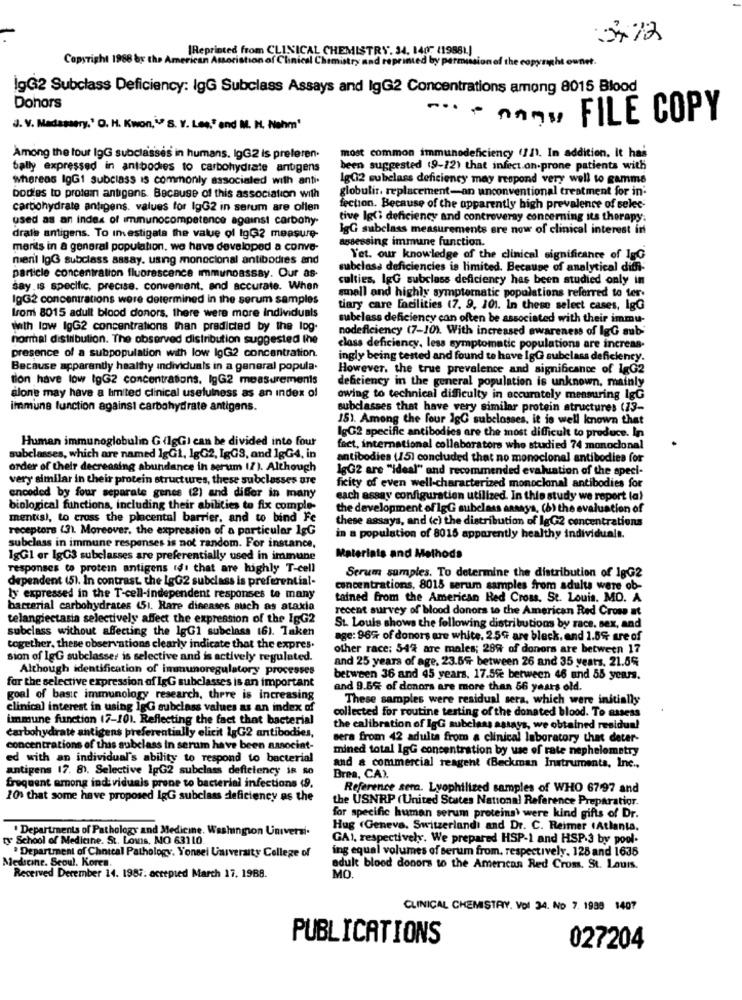
5,72
Reprinted from CLINICAL CHEMISTRY. 34, 1407 (19881)
Copyright 1988 by the American Association of Clinical Chemistry and reprinted by permission of the co
lgG2 Subclass Deficiency: lgG Subclass Assays and IgG2 Concentrations among 8015 Blood
Dohors
· Anny FILE COPY
J. V. Madassery.' O. H. Kwon,"" S. Y. Lee," and M. H. Nahm'
Among the tour IgG subclasses in humans. lgG2 is preferen.
most common immunodeficiency (111. In addition. It hai
bally expressed in antbodies to carbohydrate antigens
been suggested (9-12) that infect on-prone patients with
whereas IgG1 subclass is commonly associated with anti
Ig(12 subclass deficiency may respond very well to gamme
globulir. replacement-an unconventional treatment for in'
bodies to protein antigens. Because of this association with
carbohydrate antigens. values for IgG2 in serum are ollen
fection. Because of the apparently high prevalence of selec-
used as an index of immunocompetence against carbohy-
tive Igt; deficiency and controversy concerning its therapy.
lgG subclass measurements ere now of clinical interest in
drate antigens. To Imestigata the value of lgG2 measure
assessing immune function.
ments in a general population. we have developed a conve-
mienil IgG subclass assay. using monoclonal antibodies and
Yet. our knowledge of the clinical significance of lgG
subclass deficiencies is limited. Because of analytical diffi-
particle concentration fluorescence immunoassay. Our as-
culties, IgG subclass deficiency has been studied only in
say. is specific, precise. convenient, and accurate. When
lgG2 concentrations were determined in the serum samples
small and highly symptomatic populations referred to ter.
tiary care facilities (7. 9. 101. In these select cases, lgG
from 8015 adult blood donors, there were more Individuals
subelass deficiency can often be associated with their immu-
With low lgG2 concentrations than predicted by the log-
nodefleiency (7-10). With increased awareness of IgG sub;
normal distribution. The observed distribution suggested the
class deficiency, less symptomatic populations are increas-
presence of a subpopulation with low lgG2 concentration.
ingly being tested and found to have IgG subclass deficiency.
Because apparantly healthy individuais in a general popula.
However, the true prevalence and significance of lgG2
tion have low lgG2 concentrations. lgG2 measurements
deficiency in the general population is unknown, mainly
alone may have a limited clinical usefulness as an index of
owing to technical difficulty in accurately measuring IgG
immune function against carbohydrate antigens.
subclasses that have very similar protein structures (13-
151. Among the four IgG subclasses. it is well known that
Human immunoglobulin G (lgGI can be divided into four
lgG2 specific antibodies are the most difficult to produce. In
feet, international collaborators who studied 74 monoclonal
subclasses, which are named 1gG1, 1gG2, IgGS, and 1gG4, in
antibodies (15) concluded that no monoclonal antibodies for
order of their decreasing abundance in serum 17). Although
lgG2 are "ideal" and recommended evaluation of the speci-
very similar in their protein structures, these subclasses are
ficity of even well-characterized monoclonal antibodies for
encoded by four separate genes (2) and differ in many
each assay configuration utilized. In this study we report (a)
biological functions, including their abilities to fix comple-
the development of 1gG subclass ansays, (6) the evaluation of
mentis), to cross the placental barrier, and to bind Fe
these assays, and (e) the distribution of lgG2 concentrations
receptors (3). Moreover, the expression of a particular 1gG
in a population of 8015 apparently healthy individualt.
subclass in immune responses is not random. For instance,
1gGl er IgG3 subclasses are preferentially used in immune
Materials and Methods
responses to protein antigens id' that are highly T-cell
dependent (5). In contrast the LgG2 subclass is preferential-
Serum sumples. To determine the distribution of 1gG2
concentrations, 8015 serum samples from adults were ob-
by expressed in the T-cell-independent responses to many
tained from the American Red Cross. St. Louis, MO. A
bacterial carbohydrates 451. Rare diseases such as ataxia
recent survey of blood donors to the American Red Cross at
telangiectasia selectively affect the expression of the IgG2
subclass without affecting the lgG1 subclass 16). Taken
St. Louis shows the following distributions by race. sex, and
age: 96% of donors are white, 25% are bleck. and 1.5% are of
together. these observations clearly indicate that the expres.
other race: 54% are moles; 289 of donors are between 17
sion of lgG subclasser is selective and is actively regulated.
and 25 years of age, 23.5% between 26 and 35 years. 21.5%
Although identification of immunoregulatory processes
for the selective expression of IgG subclasses is an important
between 36 and 45 years, 17.5% between 46 und 55 years.
and 9.6% of donors are more than 56 years old.
goal of basic immunology research, there is increasing
These samples were residual sera, which were initially
clinical interest in using 1gG subclass values as an index of
immune function (7-101. Reflecting the fact that bacterial
collected for routine testing of the donated blood. To assess
the calibration of IgG subclass assays, we obtained residual
carbohydrate antigens preferentially elicit lgG2 antibodies,
sera from 42 adults from a clinical laboratory that deter-
concentrations of this subclass in serum have been aasocint-
mined total lgG concentration by use of rate nephelometry
ed with an individual's ability to respond to bacterial
antigens 17. 8), Selective lgG2 subclass deftetency is so
and a commercial reagent (Beckman Instruments, Inc .,
Brea, CA).
frequent among ind viduals prone to bacterial infections (9.
Reference sera. Lyophilized samples of WHO 67.97 and
201 that some have proposed IgG subclass deficiency as the
the USNRP (United States National Reference Preparatior.
for specific human serum proteins) were kind gifts of Dr.
. Departments of Pathology and Medicine, Washington Universi.
Hug (Geneva. Switzerland) and Dr. C. Reimer (Atlanta.
ty School of Medicine. St. Louis, MO 63110.
GAI, respectively. We prepared HSP-1 and HSP-3 by pool-
ing equal volumes of serum from, respectively. 125 and 1635
Medseine. Seoul. Koren.
* Department of Choical Pathology, Yonsei University College of
adult blood donors to the American Red Crom. St. Louis.
Received December 14. 1987. accepted March 17. 1988.
MO.
CLINICAL CHEMISTRY. VOI 34. No 7. 1988 1407
PUBLICATIONS
027204